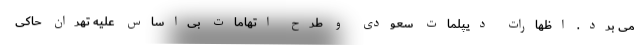
می برد. اظهارات دیپلمات سعودی و طرح اتهامات بی‌اساس علیه تهران حاکی